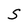
Character: S